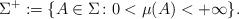
LaTeX: \begin{align*}\Sigma^{+} :=\{ A \in \Sigma \colon 0 < \mu(A) < + \infty\}.\end{align*}